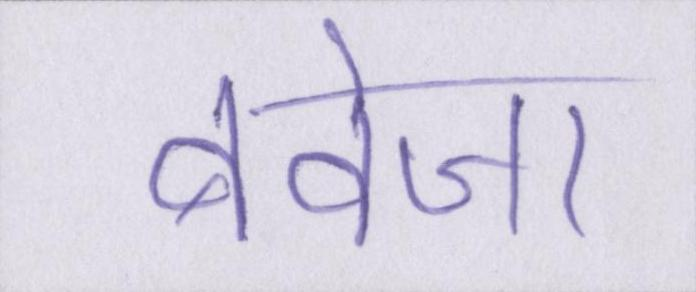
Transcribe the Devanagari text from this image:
बवेजा